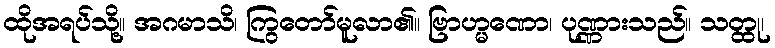
ထိုအရပ်သို့။ အဂမာသိ၊ ကြွတော်မူလာ၏။ ဗြာဟ္မဏော၊ ပုဏ္ဏားသည်။ သတ္ထု၊